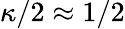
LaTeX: \kappa/2\approx 1/2